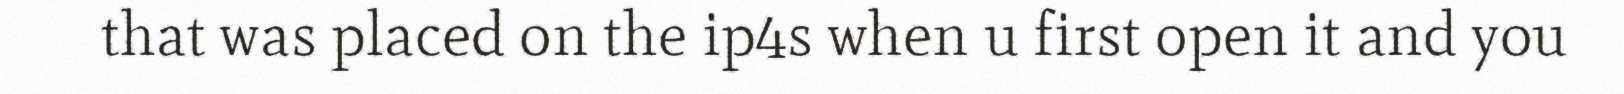
that was placed on the ip4s when u first open it and you